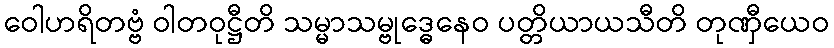
ဝေါဟရိတဗ္ဗံ ဝါတဝုဋ္ဌီတိ သမ္မာသမ္ဗုဒ္ဓေနေဝ ပတ္တိယာယသီတိ တုဏှီယေဝ